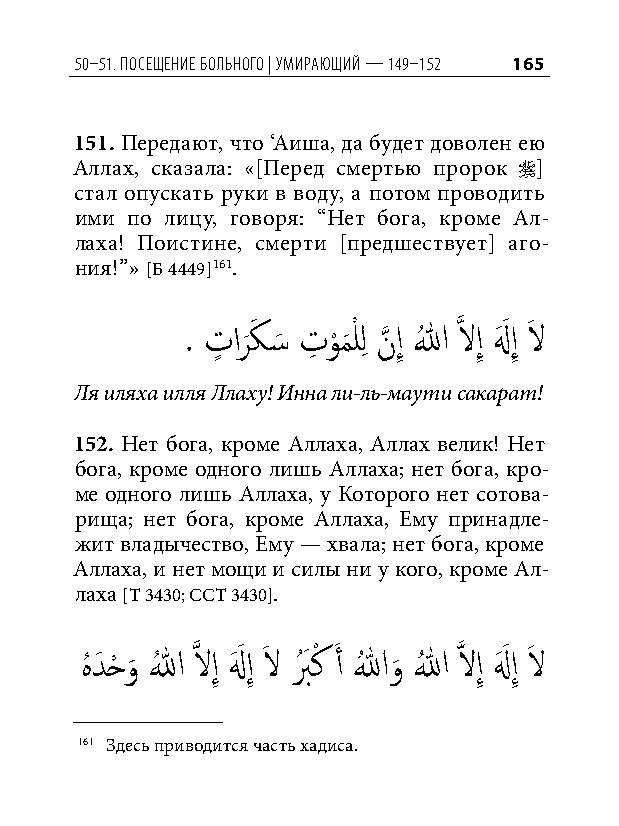
50–51. Посещение больного | умирающий — 149–152 165
 151. Передают, что ‘Аиша, да будет доволен ею
 Аллах, сказала: «[Перед смертью пророк ]
 стал опускать руки в воду, а потом проводить
 ими по лицу, говоря: “Нет бога, кроме Ал-
 лаха! Поистине, смерти [предшествует] аго-
 ния!”» [Б 4449]161.
 . تٍ ار
 َ
 كَ �َ تِ و
 ْ
 م
 َ
 ْ للِ نَّذ إِ اللهُ َّذ لاإِ لهَ َ إِ لاَ
 Ля иляха илля Ллаху! Инна ли-ль-маути сакарат!
 152. Нет бога, кроме Аллаха, Аллах велик! Нет
 бога, кроме одного лишь Аллаха; нет бога, кро-
 ме одного лишь Аллаха, у Которого нет сотова-
 рища; нет бога, кроме Аллаха, Ему принадле-
 жит владычество, Ему — хвала; нет бога, кроме
 Аллаха, и нет мощи и силы ни у кого, кроме Ал-
 лаха [Т 3430; ССТ 3430].
 هُ دَ حْ و
 َ
 اللهُ َّذ لاإِ لهَ َ إِ لاَ بُ َ كْ َ أ اللهُ و
 َ
 اللهُ َّذ لاإِ لهَ َ إِ لاَ
 161 Здесь приводится часть хадиса.